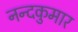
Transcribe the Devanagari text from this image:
नन्दकुमार